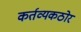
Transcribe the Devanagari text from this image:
कर्तव्यकठोर